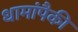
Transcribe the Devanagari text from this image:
धामांपैकी